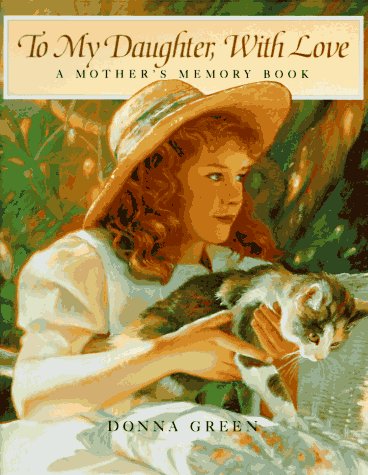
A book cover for To My Daughter, With Love: A Mother's Memory Book; Donna Green; Crafts, Hobbies & Home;